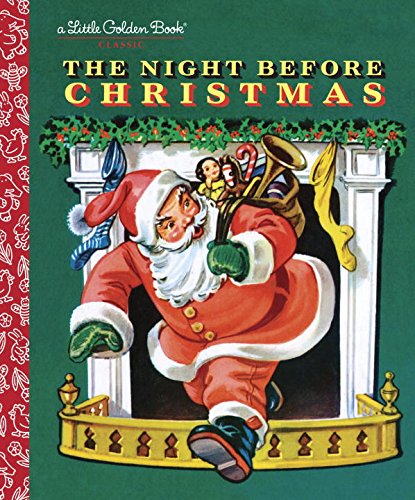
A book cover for The Night Before Christmas (Little Golden Book); Clement Clarke Moore; Children's Books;